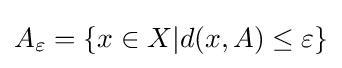
A_{\varepsilon }=\{x\in X|d(x,A)\leq \varepsilon \}